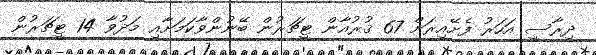
ދިރާސީ އަހަރު ފެށޭއިރަށް 67 ޤުރުއާން ޓީޗަރުން ބޭނުންވާކަމަށާއި މަދުވާ 14 ޓީޗަރުން